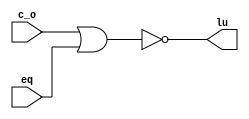
/* 
Mdulo para realizao de comparao entre dois nmeros
unsigned A e B, devolvendo lu = 1 caso A < B,
dados o Carry out da soma pelo complemento de dois
do segundo (subtrao) e a igualdade.
 */
module comparator_lt_unsigned (
  input wire c_o, eq, // Entradas c_o (carry out) e eq (igualdade)
  output wire lu 
);

  assign lu = ~(c_o | eq); // Expresso lgica derivada de tabela verdade
  
endmodule